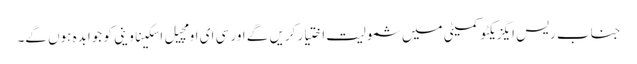
جناب ریس ایگزیکٹو کمیٹی میں شمولیت اختیار کریں گے اور سی ای او مچیل اسکیناوینی کو جوابدہ ہوں گے۔